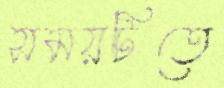
সময়টিতে